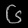
Digit: ၆